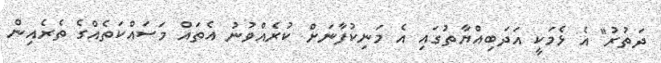
ދަތުރު" އެ ޅެމަކީ އަދަބިއްޔާތުގައި އެ މަނިކުފާނަށް ކުރެއްވުނު އެތައް މަސައްކަތެއްގެ ތެރެއިން